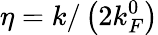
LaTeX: \eta=k/\left(2k_{F}^{0}\right)